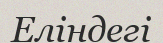
Еліндегі